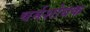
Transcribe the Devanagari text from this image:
चर्मशोधक